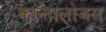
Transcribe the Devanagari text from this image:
कान्तालोजस